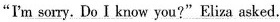
“I'm sorry. Do I know you?"Eliza asked.